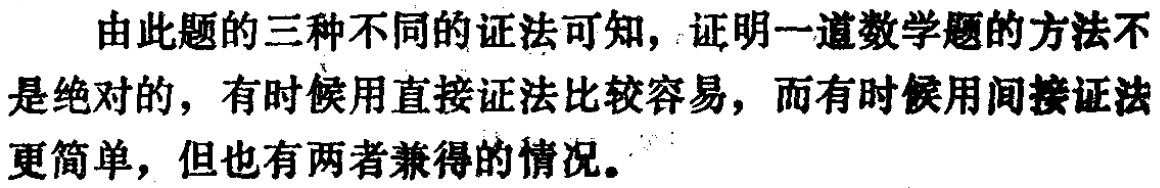
由此题的三种不同的证法可知，证明一道数学题的方法不是绝对的，有时候用直接证法比较容易，而有时候用间接证法更简单，但也有两者兼得的情况。